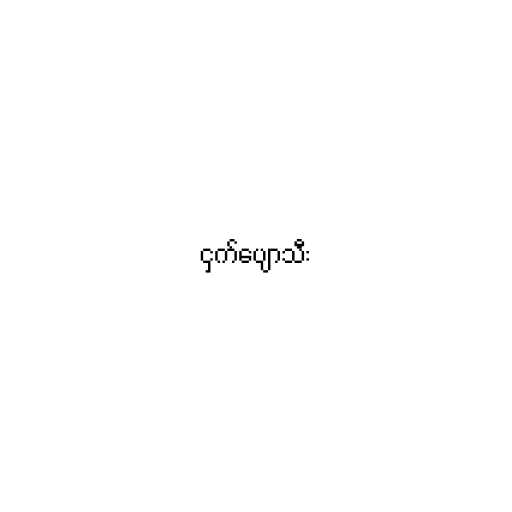
ငှက်ပျောသီး